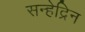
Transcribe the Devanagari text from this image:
सन्हेद्रिन